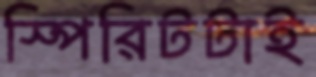
স্পিরিটটাই